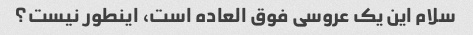
سلام این یک عروسی فوق العاده است، اینطور نیست؟